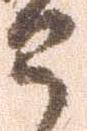
申